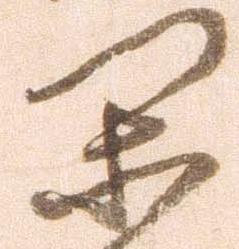
閑